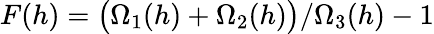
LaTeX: F(h)=\big(\Omega_{1}(h)+\Omega_{2}(h)\big)/\Omega_{3}(h)-1